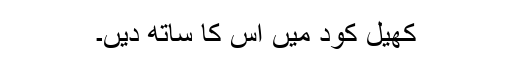
کھيل کود میں اس کا ساتھ دیں۔